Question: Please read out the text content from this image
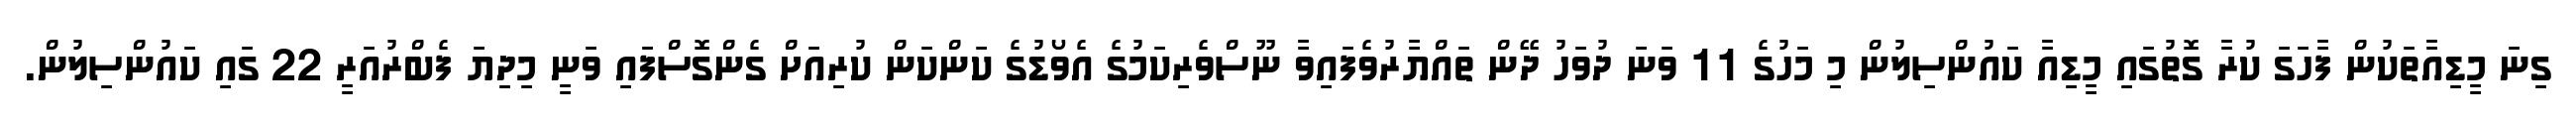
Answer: ގިނަ މީޑިއާތަކުން ފާހަގަ ކުރާ ގޮތުގައި މީޑިއާ ކައުންސިލުން މި މަހުގެ 11 ވަނަ ދުވަހު ދޭން ތައްޔާރުވެފައިވާ ނޫސްވެރިކަމުގެ އެވޯޑުގެ ކަންކަން ކުރިއަށް ގެންގޮސްފައި ވަނީ މިދިޔަ ފެބްރުއަރީ 22 ގައި ކައުންސިލުން.